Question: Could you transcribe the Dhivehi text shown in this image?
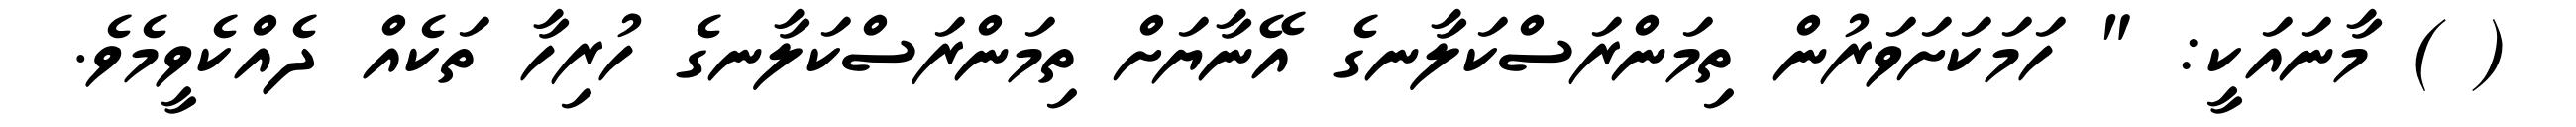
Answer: ( ) މާނައަކީ: " ހަމަކަށަވަރުން ތިމަންރަސްކަލާނގެ އޭނާޔަށް ތިމަންރަސްކަލާނގެ ހުރިހާ ތަކެއް ދެއްކެވީމެވެ.